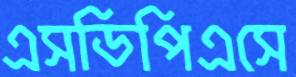
এসডিপিএসে